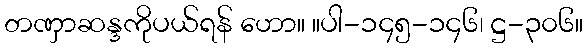
တဏှာဆန္ဒကိုပယ်ရန် ဟော။ ။ပါ-၁၄၅-၁၄၆၊ ဋ္ဌ-၃၀၆။